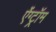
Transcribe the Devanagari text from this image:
ऐंग्ट्रॉम